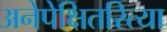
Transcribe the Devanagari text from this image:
अनेपेक्षितरित्या